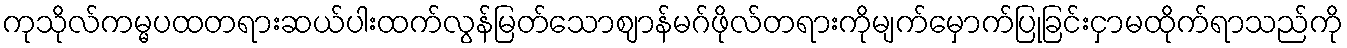
ကုသိုလ်ကမ္မပထတရားဆယ်ပါးထက်လွန်မြတ်သောဈာန်မဂ်ဖိုလ်တရားကိုမျက်မှောက်ပြုခြင်းငှာမထိုက်ရာသည်ကို